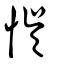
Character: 悮